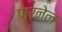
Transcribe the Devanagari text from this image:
पारनेल